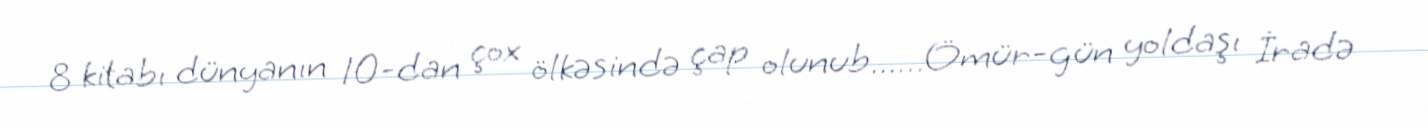
8 kitabı dünyanın 10-dan çox ölkəsində çap olunub...…Ömür-gün yoldaşı İradə